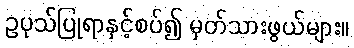
ဥပုသ်ပြုရာနှင့်စပ်၍ မှတ်သားဖွယ်များ။